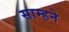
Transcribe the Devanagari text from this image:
साम्हने